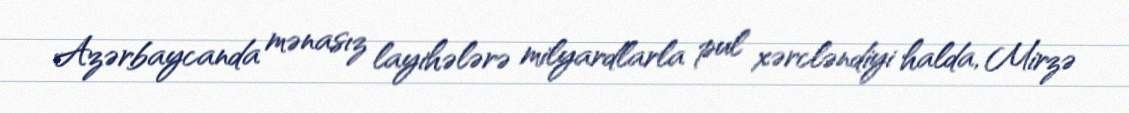
Azərbaycanda mənasız layihələrə milyardlarla pul xərcləndiyi halda, Mirzə